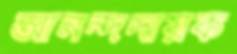
আনন্দদায়ক